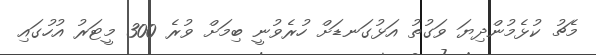
މެޗު ކުޅެމުންދިޔަ ވަގުތު އަޅުގަނޑަށް ހުރެވުނީ ބިމަށް ވުރެ 300 މީޓަރު އުހުގައި